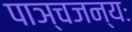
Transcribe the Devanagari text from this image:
पाञ्चजन्यः